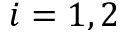
i = 1 , 2